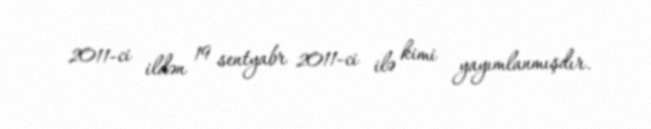
2011-ci ildən 19 sentyabr 2011-ci ilə kimi yayımlanmışdır.